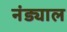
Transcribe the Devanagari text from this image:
नंड्याल